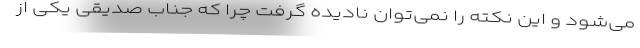
می‌شود و این نکته را نمی‌توان نادیده گرفت چرا که جناب صدیقی یکی از